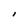
Character: I